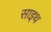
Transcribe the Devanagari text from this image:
साइथ